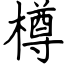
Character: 樽